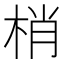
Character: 梢